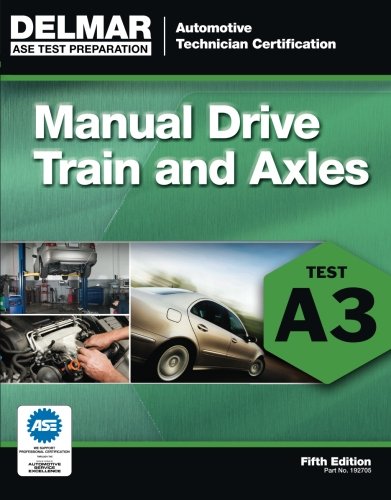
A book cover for ASE Test Preparation- A3 Manual Drive Trains and Axles (ASE Test Prep: Automotive Technician Certification Manual); Delmar; Test Preparation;